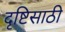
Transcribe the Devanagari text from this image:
दृष्टिसाठी